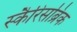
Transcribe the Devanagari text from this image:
स्कैरिसब्रिक